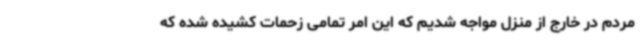
مردم در خارج از منزل مواجه شدیم که این امر تمامی زحمات کشیده شده که